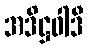
အဒိဋ္ဌဝါဒီ